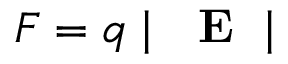
F = q \mid \mathrm { ~ \bf ~ E ~ } \mid